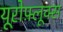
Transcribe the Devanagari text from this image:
यूरोफ़्लूक्स